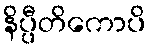
နိပ္ပီတိကောပိ